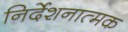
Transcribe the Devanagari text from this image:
निर्देशनात्मक